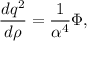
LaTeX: { \frac { d q ^ { 2 } } { d \rho } } = { \frac { 1 } { \alpha ^ { 4 } } } \Phi ,